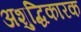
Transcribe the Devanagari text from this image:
अशुद्धिकारक